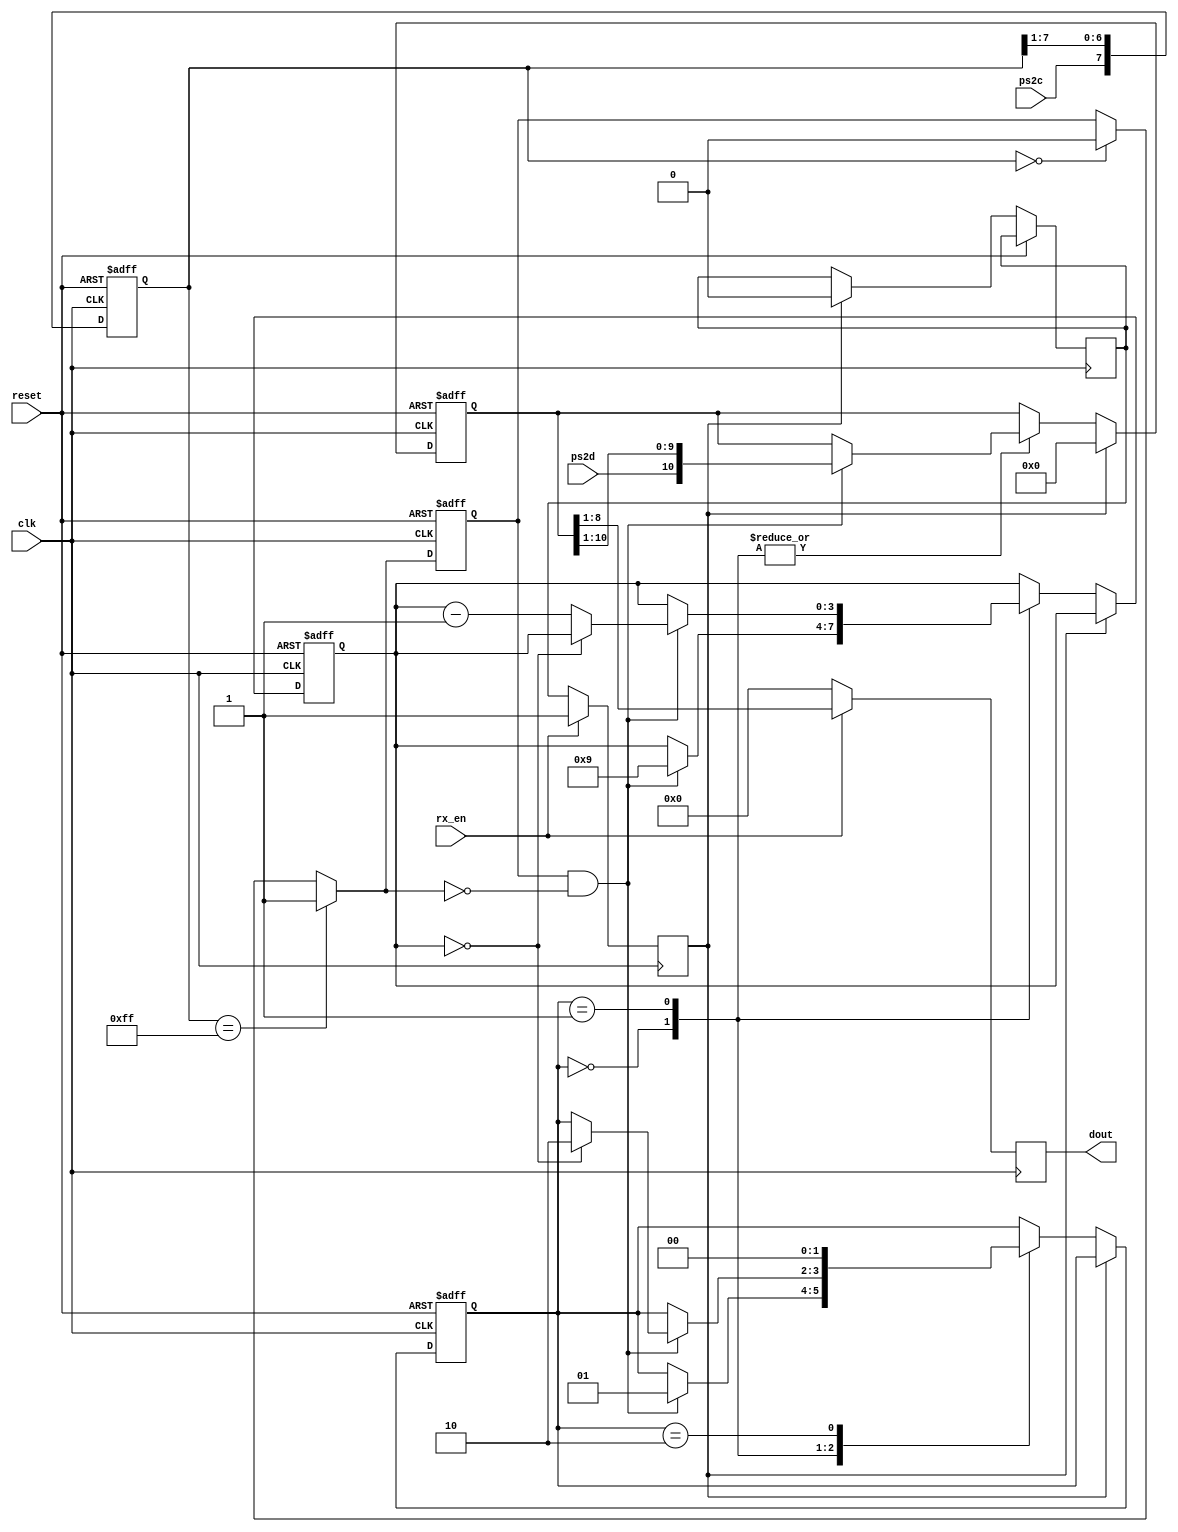
`timescale 1ns / 1ps
//////////////////////////////////////////////////////////////////////////////////
// Company: 
// Engineer: 
// 
// Design Name: 
// Module Name:    ps2_keyboard 
// Project Name: 
// Target Devices: 
// Tool versions: 
// Description: 
//
// Dependencies: 
//
// Revision: 
// Revision 0.01 - File Created
// Additional Comments: 
//
//////////////////////////////////////////////////////////////////////////////////
module ps2_keyboard
	(
	input wire clk, reset,
    input wire ps2d, ps2c, rx_en,
    
    output wire [7:0] dout
   );

   
   localparam [1:0]
      idle = 2'b00,
      dps  = 2'b01,
      load = 2'b10;

   
   reg [1:0] state_reg, state_next;
   reg [7:0] filter_reg;
   wire [7:0] filter_next;
   reg f_ps2c_reg;
   wire f_ps2c_next;
   reg [3:0] n_reg, n_next;
   reg [10:0] b_reg, b_next;
   wire fall_edge;
	reg rx_done,rx_done_next;
   
   always @(posedge clk, posedge reset)
   if (reset)
      begin
         filter_reg <= 0;
         f_ps2c_reg <= 0;
      end
   else
      begin
         filter_reg <= filter_next;
         f_ps2c_reg <= f_ps2c_next;
      end

   assign filter_next = {ps2c, filter_reg[7:1]};
   assign f_ps2c_next = (filter_reg==8'b11111111) ? 1'b1 :
                        (filter_reg==8'b00000000) ? 1'b0 :
                         f_ps2c_reg;
   assign fall_edge = f_ps2c_reg & ~f_ps2c_next;

  
   always @(posedge clk, posedge reset)
      if (reset)
         begin
            state_reg <= idle;
            n_reg <= 0;
            b_reg <= 0;
         end
		else if(rx_done)
			begin
				b_reg <= 0;
				rx_done_next <= 0;
			end
      else
         begin
            state_reg <= state_next;
            n_reg <= n_next;
            b_reg <= b_next;
         end
   // FSMD next-state logic
   always @*
   begin
      state_next = state_reg;
      n_next = n_reg;
      b_next = b_reg;
		
      case (state_reg)
         idle:
            if (fall_edge)
               begin
                  // shift in start bit
                  b_next = {ps2d, b_reg[10:1]};
                  n_next = 4'b1001;
                  state_next = dps;
               end
         dps: // 8 data + 1 parity + 1 stop
            if (fall_edge)
               begin
                  b_next = {ps2d, b_reg[10:1]};
                  if (n_reg==0)
                     state_next = load;
                  else
                     n_next = n_reg - 1;
               end
         load: 
            begin
               state_next = idle;
               
            end
      endcase
   end
   // output
	reg [7:0] data;
	
	always@(posedge clk)
		if(rx_en)
		begin
			data<=b_reg[8:1];
			rx_done<=1'b1;
		end
		else
		begin
			data<=8'b00000000;
			rx_done<=rx_done_next;
		end
   assign dout = data; // data bits
endmodule